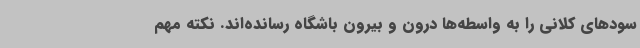
سودهای کلانی را به واسطه‌ها درون و بیرون باشگاه رسانده‌اند. نکته مهم